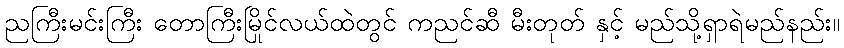
ညကြီးမင်းကြီး တောကြီးမြိုင်လယ်ထဲတွင် ကညင်ဆီ မီးတုတ် နှင့် မည်သို့ရှာရဲမည်နည်း။